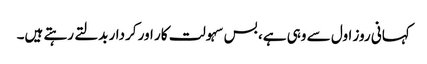
کہانی روز اول سے وہی ہے، بس سہولت کار اور کردار بدلتے رہتے ہیں۔